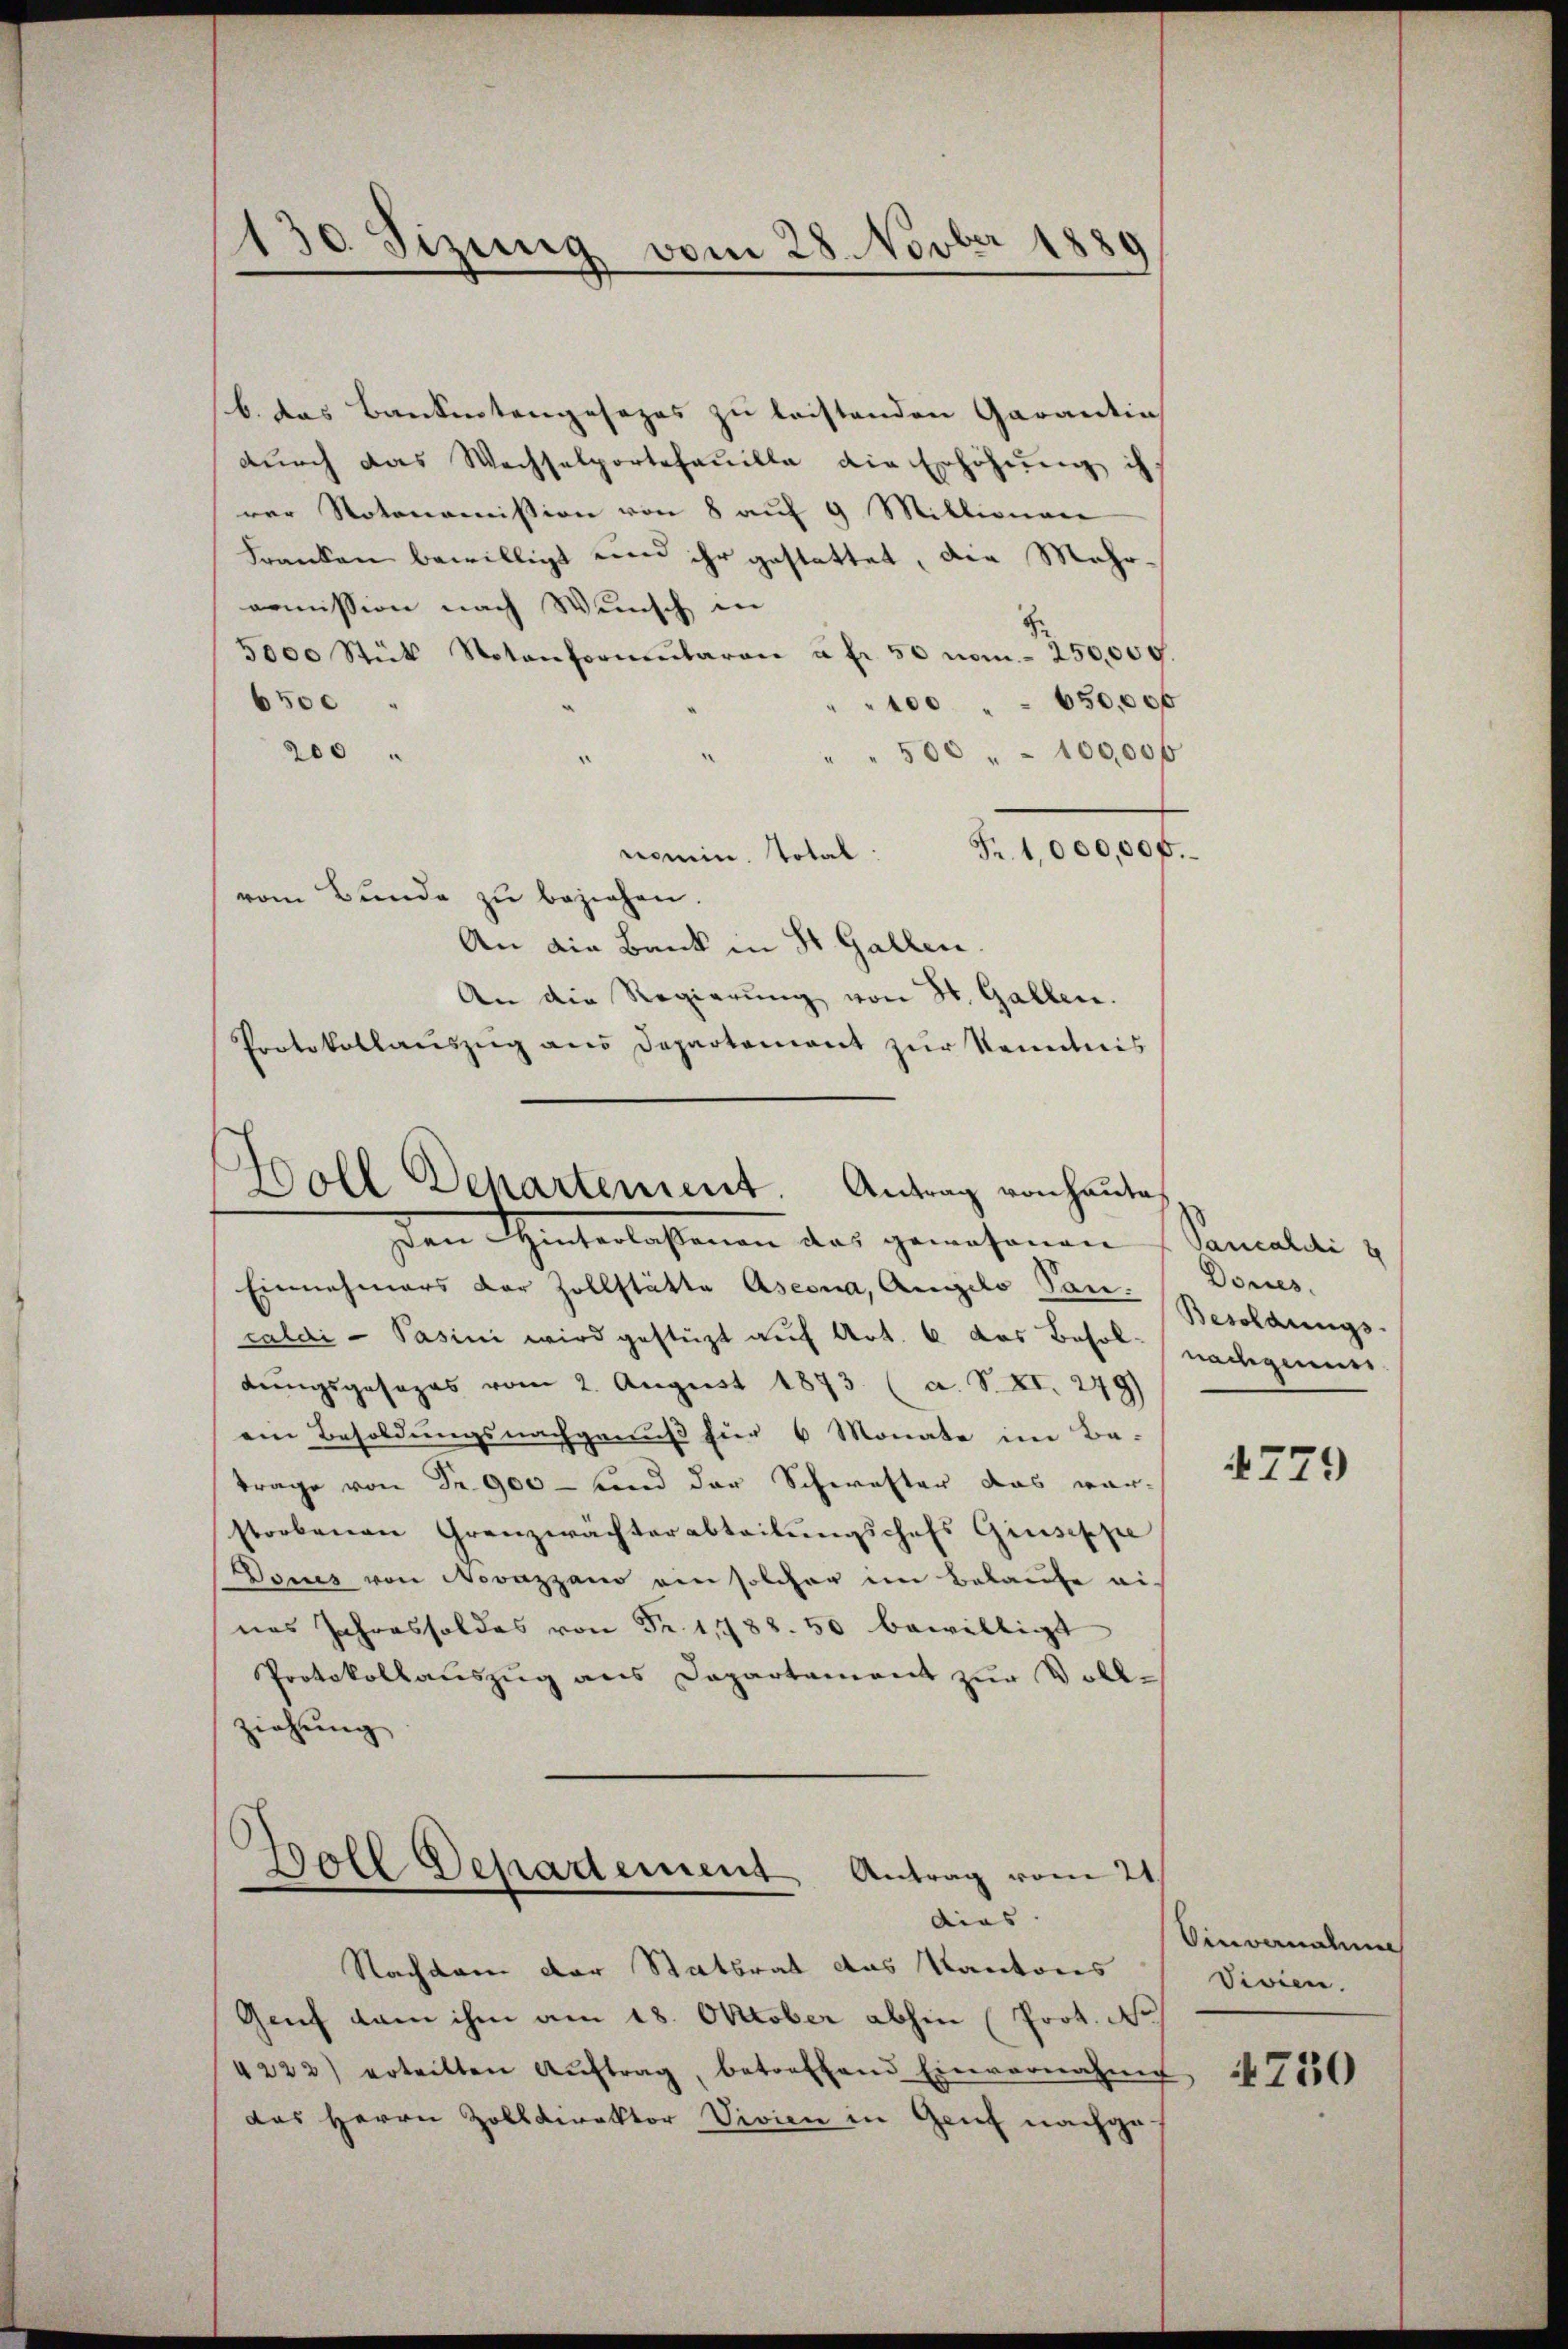
130 Sizung vom 28. Novber 1880
.

b. das Bankentengesezes zu leistenden Garantin
durch das Wechselportefanille die Erhöhung ih
rer Notonomission von 8 auf 9 Millionen
Franken bewilligt und ihr gestattet, die Mehr-
nomission nach Wunsch in
5000 Stük Notenformŭlaren u. fr. 50 vom 250,000.
6500
100 " 650,000
200
" " 500 " 100,000
nomin. Total: Fr. 1,000,000.
vom Bunde zu beziehen.
An die Bank in St. Gallen.
An die Regierung von St. Gallen.
Protokollaŭszŭg an Departement zŭr Kenntnis

Boll Departement. Antrag von heute

Den Schinterlassenen das gewesenen Samelti z
Einnahmers der Zollstätte Aseona, Angelo Pan.
caldi - Pasini wird gestüzt auf Art. 6 das Besol nachgeme
dungsgesages vom 2. August 1873. (a. S. XI. 279)
ein Besoldungsnachgenuß für 6 Monate im Be-
trage von Fr. 900 — sind der Schwester das war-
storbenen Grenzwächterabteilŭngschefs Giuseppe
Dones von Novazzano ein solcher im Belaufe ei
nas Jahressoldes von Fr. 1788. 50 bewilligt
Protokollauszug aus Departement zŭr Voll-
ziehung

Boll Departement Antrag vom 21
dias |

Donnes.
Besoldungs-

Nachdem der Statsrat das Kantons
Genf dan ihm am 18. Oktober abhin (Prot. No
4222) ertritten Aŭftrag, betreffend Einvernahme
das Herrn Zolldirektor Vivien in Genf nachge¬

4779

inwandlung
Vivien.
4750